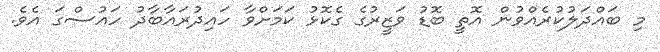
މި ބައްދަލުކުރެއްވުން އޮތީ ބޮޑު ވަޒީރުގެ ގެކޮޅު ކަމަށްވާ ހައިދުރައާބާދު ހައުސްގަ އެވެ.